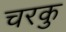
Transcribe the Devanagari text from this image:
चरकु